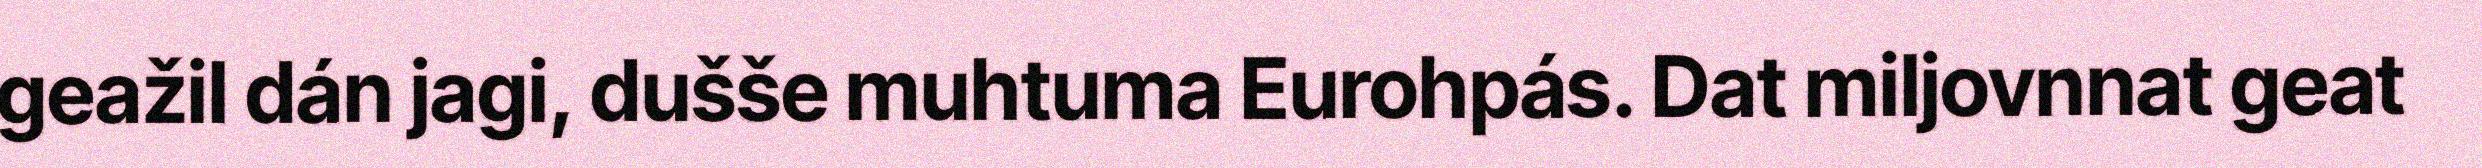
geažil dán jagi, dušše muhtuma Eurohpás. Dat miljovnnat geat